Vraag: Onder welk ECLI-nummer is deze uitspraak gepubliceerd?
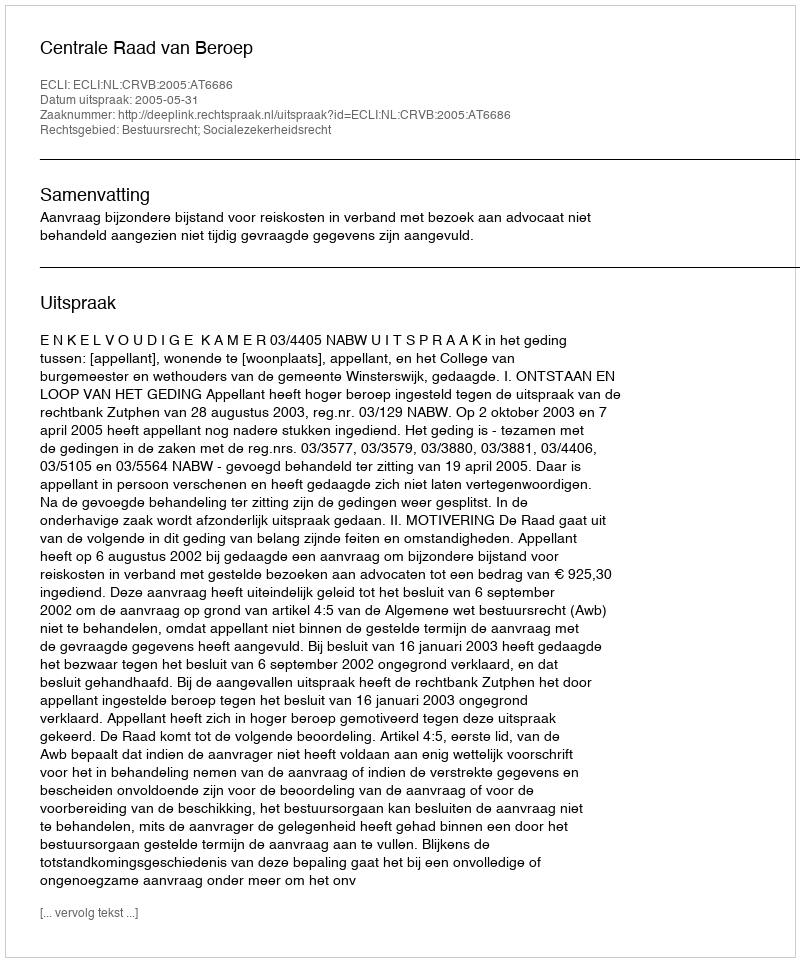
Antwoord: ECLI:NL:CRVB:2005:AT6686